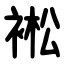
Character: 䘴